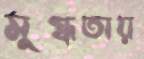
মুগ্ধতায়